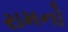
રામનો